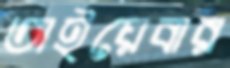
তাইয়েবার